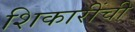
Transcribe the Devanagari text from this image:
शिकारींची